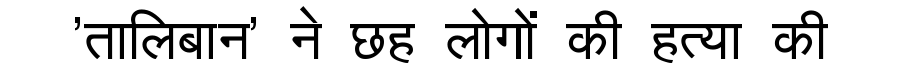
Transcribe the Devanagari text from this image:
'तालिबान' ने छह लोगों की हत्या की